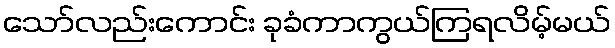
သော်လည်းကောင်း ခုခံကာကွယ်ကြရလိမ့်မယ်